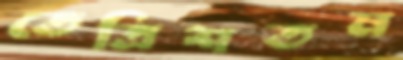
তেত্রিশতম